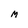
Character: M